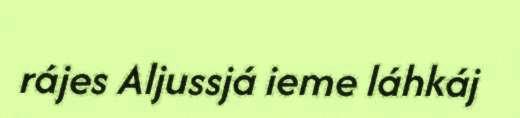
rájes Aljussjá ieme láhkáj